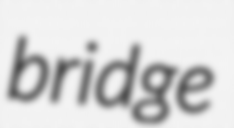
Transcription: bridge